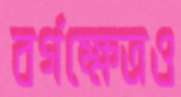
বর্গক্ষেত্রও